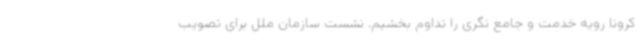
کرونا رویه خدمت و جامع نگری را تداوم بخشیم. نشست سازمان ملل برای تصویب